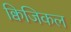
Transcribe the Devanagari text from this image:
क्विजिकल